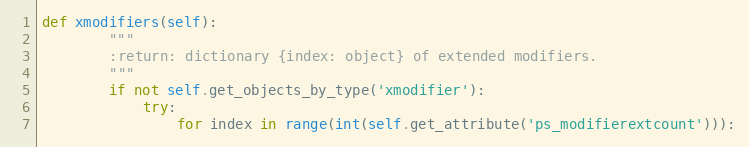
Language: Python
def xmodifiers(self):
        """
        :return: dictionary {index: object} of extended modifiers.
        """
        if not self.get_objects_by_type('xmodifier'):
            try:
                for index in range(int(self.get_attribute('ps_modifierextcount'))):